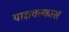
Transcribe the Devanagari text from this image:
याज्ञवल्कास